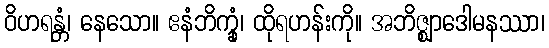
ဝိဟရန္တံ၊ နေသော။ ဧနံဘိက္ခုံ၊ ထိုရဟန်းကို။ အဘိဇ္ဈာဒေါမနဿာ၊